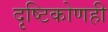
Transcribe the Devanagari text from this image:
दृष्टिकोणही